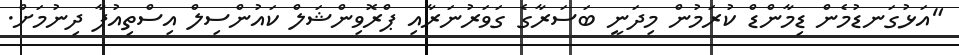
"އަޅުގަނޑުމެން ޑިމާންޑް ކުރަމުން މިދަނީ ބަސަރާގެ ގަވަރުނަރާއި ޕްރޮވިންޝަލް ކައުންސިލް އިސްތިއުފާ ދިނުމަށް.